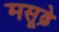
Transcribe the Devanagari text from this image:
मसूढ़े